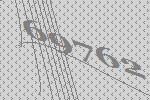
69762